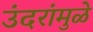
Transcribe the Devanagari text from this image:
उंदरांमुळे